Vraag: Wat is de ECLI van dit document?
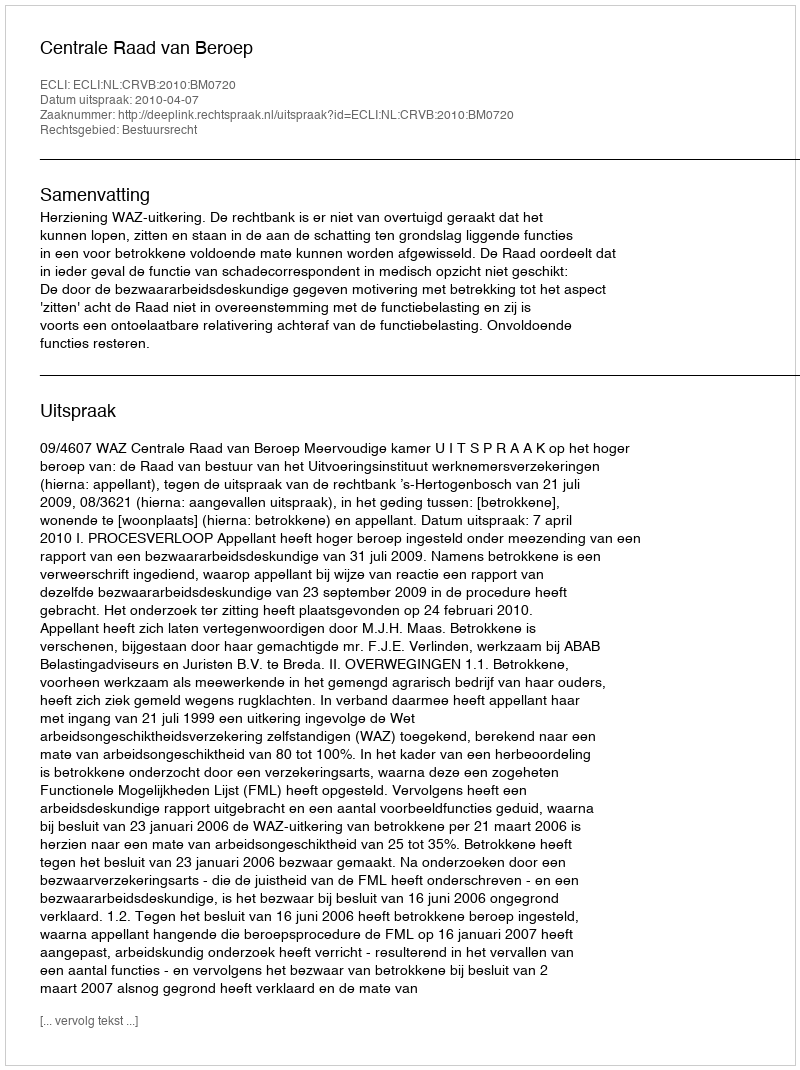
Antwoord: ECLI:NL:CRVB:2010:BM0720